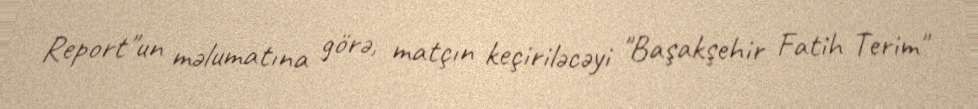
Report"un məlumatına görə, matçın keçiriləcəyi "Başakşehir Fatih Terim"